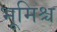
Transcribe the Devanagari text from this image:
भूमिश्च